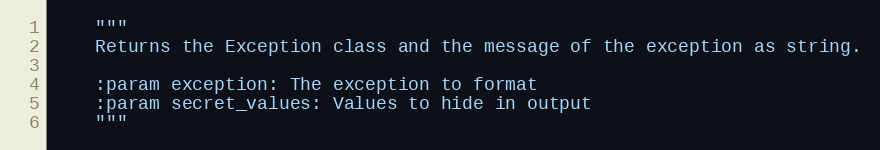
Language: Python
    """
    Returns the Exception class and the message of the exception as string.

    :param exception: The exception to format
    :param secret_values: Values to hide in output
    """